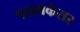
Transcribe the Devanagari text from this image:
परागकेसर